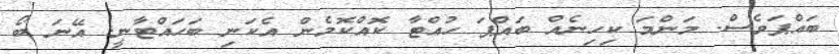
ބައްޕަވެސް. މަންމަ ކިހިނެއް ބައްޕަ ހުއްޓާ ކޮއްކޮމެން އެކަނި ބަހައްޓާނީ. އޭނަ ބޯ